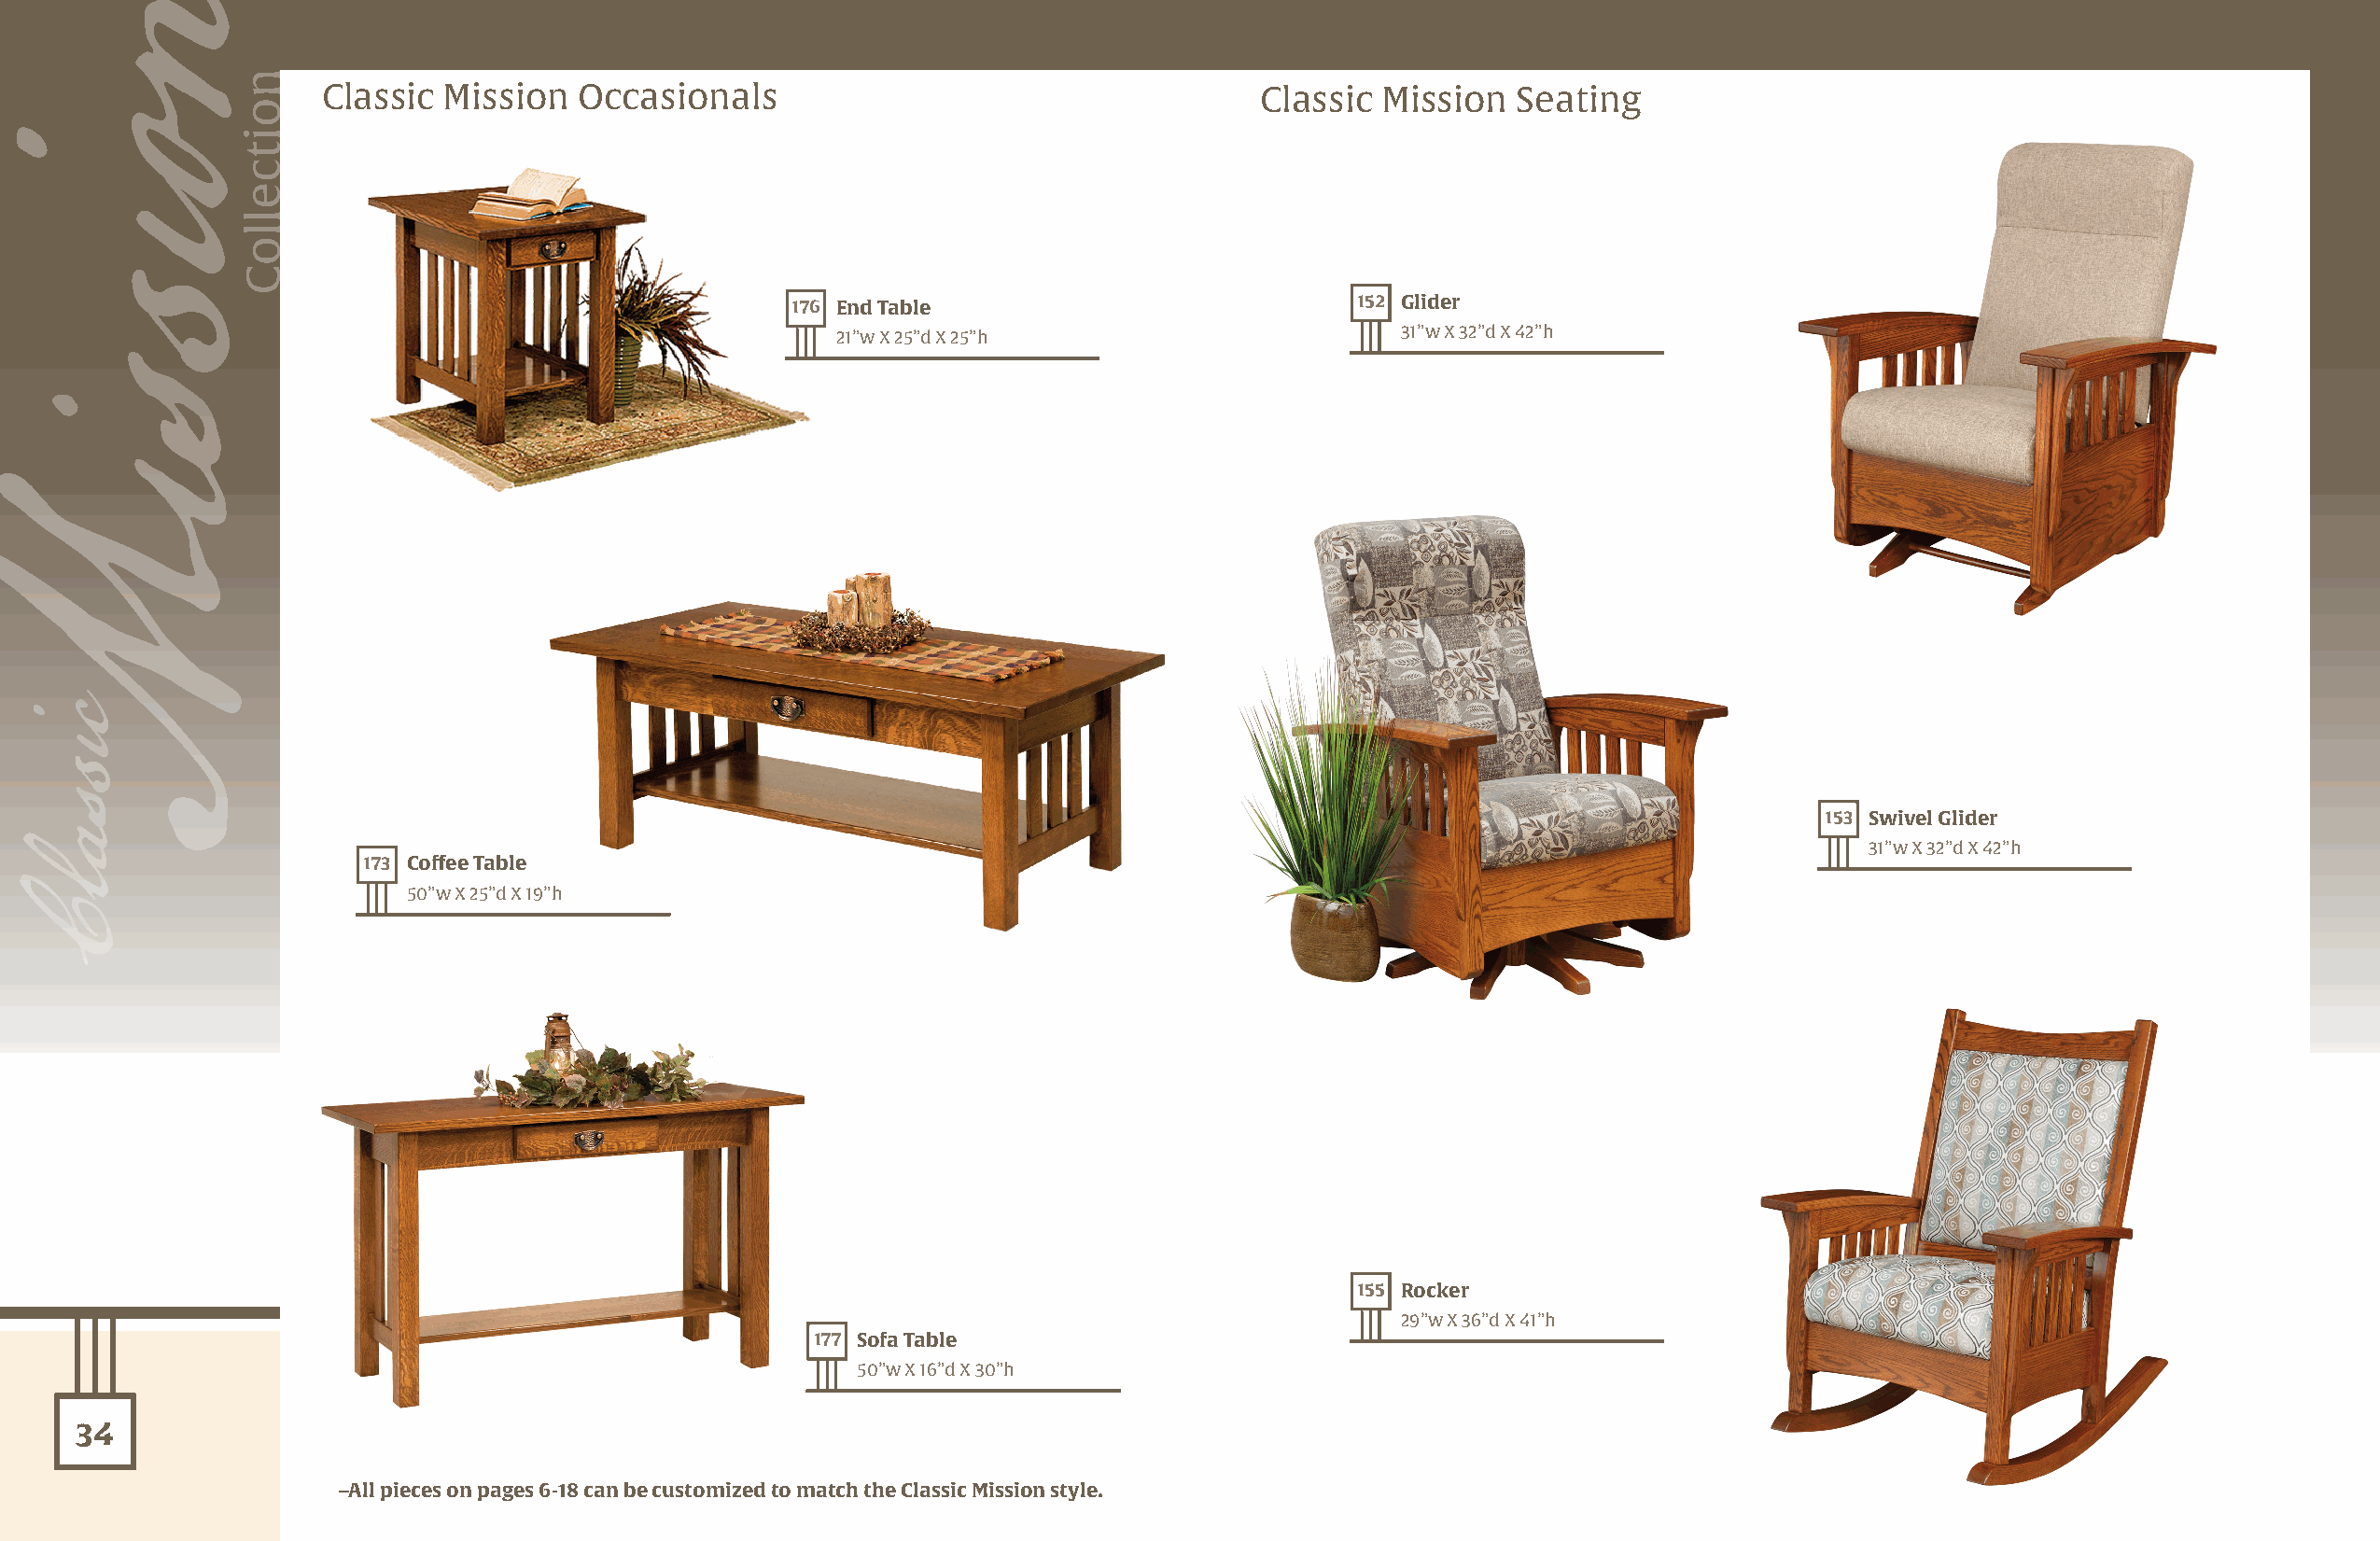
Classic Mission   Occasionals                                     Classic  Mission   Seating
 176 End Table                           152 Glider
 21”w X 25”d X 25”h                      31”w X 32”d X 42”h
 153 Swivel Glider
 31”w X 32”d X 42”h
 173 Coffee Table
 50”w X 25”d X 19”h
 155 Rocker
 29”w X 36”d X 41”h
 177 Sofa Table
 50”w X 16”d X 30”h
 34
 –All pieces on pages 6-18 can be customized to match the Classic Mission style.
 onisisM
 cisaslC
 noitcelloC